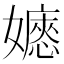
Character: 𡣇